Scottish Leaving Certificate Examination, 1961
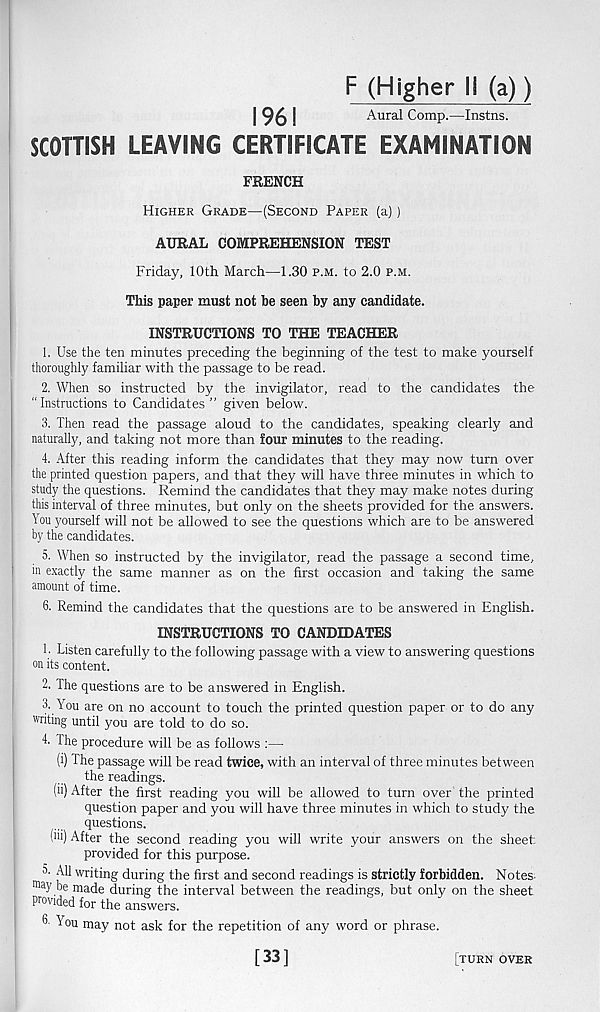
F (Higher IS (a))
196!
Aural Comp.—Instns.
SCOTTISH LEAVING CERTIFICATE EXAMINATION
FRENCH
Higher Grade—(Second Paper (a))
AURAL COMPREHENSION TEST
Friday, 10th March—1.30 p.m. to 2.0 p.m.
This paper must not be seen by any candidate.
INSTRUCTIONS TO THE TEACHER
1. Use the ten minutes preceding the beginning of the test to make yourself
thoroughly familiar with the passage to be read.
2. When so instructed by the invigilator, read to the candidates the
“ Instructions to Candidates ” given below.
3. Then read the passage aloud to the candidates, speaking clearly and
naturally, and taking not more than four minutes to the reading.
4. After this reading inform the candidates that they may now turn over
the printed question papers, and that they will have three minutes in which to
study the questions. Remind the candidates that they may make notes during
this interval of three minutes, but only on the sheets provided for the answers.
You yourself will not be allowed to see the questions which are to be answered
by the candidates.
5. When so instructed by the invigilator, read the passage a second time,
in exactly the same manner as on the first occasion and taking the same
amount of time.
6. Remind the candidates that the questions are to be answered in English.
INSTRUCTIONS TO CANDIDATES
1- Listen carefully to the following passage with a view to answering questions
on its content.
2. The questions are to be answered in English.
3. You are on no account to touch the printed question paper or to do any
writing until you are told to do so.
4. The procedure will be as follows :—
(i) The passage will be read twice, with an interval of three minutes between
the readings.
(ii) After the first reading you will be allowed to turn over the printed
question paper and you will have three minutes in which to study the
questions.
(iii) After the second reading you will write your answers on the sheet
provided for this purpose.
AU writing during the first and second readings is strictly forbidden. Notes,
fflay be made during the interval between the readings, but only on the sheet
Provided for the answers.
3 1 ou may not ask for the repetition of any word or phrase.
[33]
[turn over